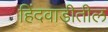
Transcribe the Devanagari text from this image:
हिंदवाडीतील